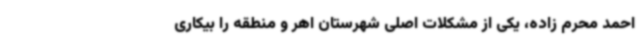
احمد محرم زاده، یکی از مشکلات اصلی شهرستان اهر و منطقه را بیکاری